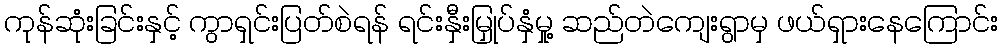
ကုန်ဆုံးခြင်းနှင့် ကွာရှင်းပြတ်စဲရန် ရင်းနှီးမြှုပ်နှံမှု့ ဆည်တဲကျေးရွာမှ ဖယ်ရှားနေကြောင်း